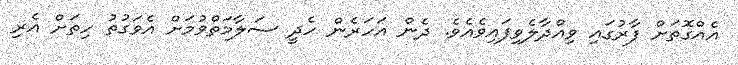
އެއްގޮތަށް ފާރުގައި ވިއްދާލެވިފައިވެއެވެ. ދެން އަހަރެން ހެދީ ސަލާމަތްވުމަށް އެވަގުތު ހިތަށް އެރި